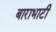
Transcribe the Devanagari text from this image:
बाराभाटी